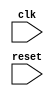
module SPI_Controller (

    input wire clk,             // Clock signal
    input wire reset,           // Reset signal

    // Add input/output ports for master and slave devices
    
);

    // Add code for timing control units
    
    // Add code for synchronization blocks
    
    // Add code for data transmission and reception
    
endmodule